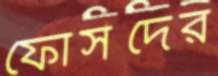
ফোর্সদের